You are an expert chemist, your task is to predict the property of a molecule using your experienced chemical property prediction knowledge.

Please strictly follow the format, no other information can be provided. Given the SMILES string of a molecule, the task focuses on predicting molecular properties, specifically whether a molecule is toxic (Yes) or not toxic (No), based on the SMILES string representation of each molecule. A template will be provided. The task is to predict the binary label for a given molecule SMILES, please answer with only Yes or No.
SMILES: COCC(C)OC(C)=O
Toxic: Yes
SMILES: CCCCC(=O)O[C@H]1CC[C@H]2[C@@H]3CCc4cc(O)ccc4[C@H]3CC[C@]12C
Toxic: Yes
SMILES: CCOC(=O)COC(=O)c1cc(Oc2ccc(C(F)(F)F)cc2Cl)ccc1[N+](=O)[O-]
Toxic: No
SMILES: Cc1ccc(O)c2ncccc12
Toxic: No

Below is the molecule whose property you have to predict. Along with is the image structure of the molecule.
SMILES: OCCC1CCCCN1
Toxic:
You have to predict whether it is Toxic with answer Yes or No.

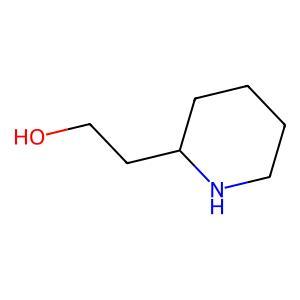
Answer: No